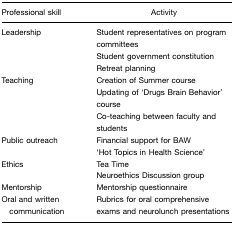
| Professional skill | Activity |
 | --- | --- |
 | Leadership | Student representatives on program committeesStudent government constitutionRetreat planning |
 | Teaching | Creation of Summer courseUpdating of ‘Drugs Brain Behavior’ courseCo-teaching between faculty and students |
 | Public outreach | Financial support for BAW‘Hot Topics in Health Science’ |
 | Ethics | Tea TimeNeuroethics Discussion group |
 | Mentorship | Mentorship questionnaire |
 | Oral and written communication | Rubrics for oral comprehensive exams and neurolunch presentations |